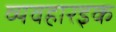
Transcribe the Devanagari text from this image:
व्यवहारइक